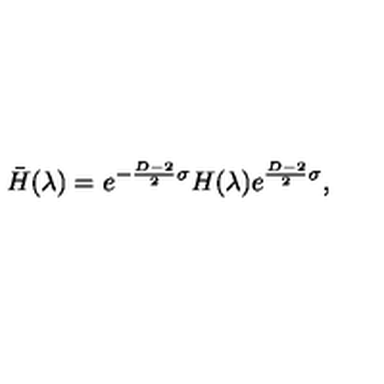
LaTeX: \bar { H } ( \lambda ) = e ^ { - { \frac { D - 2 } { 2 } } \sigma } H ( \lambda ) e ^ { { \frac { D - 2 } { 2 } } \sigma } ,